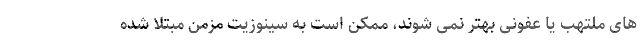
های ملتهب یا عفونی بهتر نمی شوند، ممکن است به سینوزیت مزمن مبتلا شده